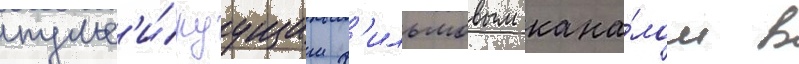
пульс'и́руущим ф'ильмовым кана́лом в